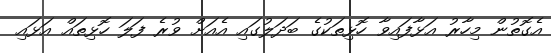
އެގޮތުން މިހާރު އަޅާފައިވާ ހޮޅިތަކުގެ ބަދަލުގައި އެއަށް ވުރެ ފަލަ ހޮޅިތައް އަޅައި